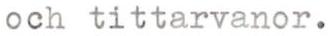
och tittarvanor.